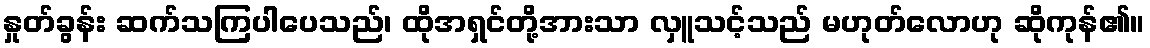
နှုတ်ခွန်း ဆက်သကြပါပေသည်၊ ထိုအရှင်တို့အားသာ လှူသင့်သည် မဟုတ်လောဟု ဆိုကုန်၏။